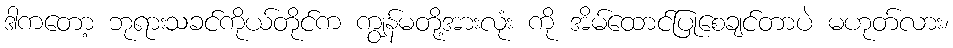
ဒါကတော့ ဘုရားသခင်ကိုယ်တိုင်က ကျွန်မတို့အားလုံး ကို အိမ်ထောင်ပြုစေချင်တာပဲ မဟုတ်လား၊